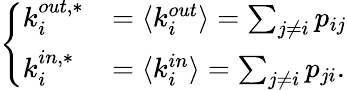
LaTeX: \left\{ \begin{array}{ll}{k_{i}^{out,*}}&{=\langle k_{i}^{out}\rangle=\sum_{j\neq i}p_{ij}}\\ {k_{i}^{in,*}}&{=\langle k_{i}^{in}\rangle=\sum_{j\neq i}p_{ji}.}\end{array}\right.